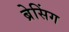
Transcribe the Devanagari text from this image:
ब्रेसिंग